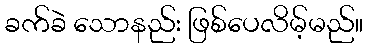
ခက်ခဲ သောနည်း ဖြစ်ပေလိမ့်မည်။